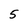
Character: 5